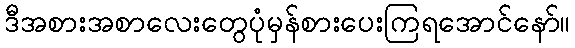
ဒီအစားအစာလေးတွေပုံမှန်စားပေးကြရအောင်နော်။